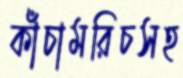
কাঁচামরিচসহ